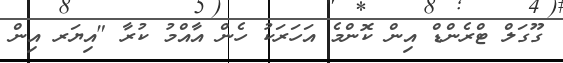
ގޫގަލް ޓްރެންޑް އިން ކޮންމެ އަހަރަކު ހެން އާއްމު ކުރާ "އިޔަރ އިން